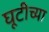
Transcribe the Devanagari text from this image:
घूटीच्या